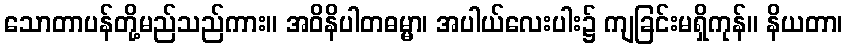
သောတာပန်တို့မည်သည်ကား။ အဝိနိပါတဓမ္မာ၊ အပါယ်လေးပါး၌ ကျခြင်းမရှိကုန်။ နိယတာ၊